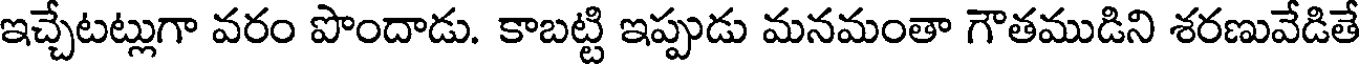
ఇచ్చేటట్లుగా వరం పొందాడు. కాబట్టి ఇప్పుడు మనమంతా గౌతముడిని శరణువేడితే